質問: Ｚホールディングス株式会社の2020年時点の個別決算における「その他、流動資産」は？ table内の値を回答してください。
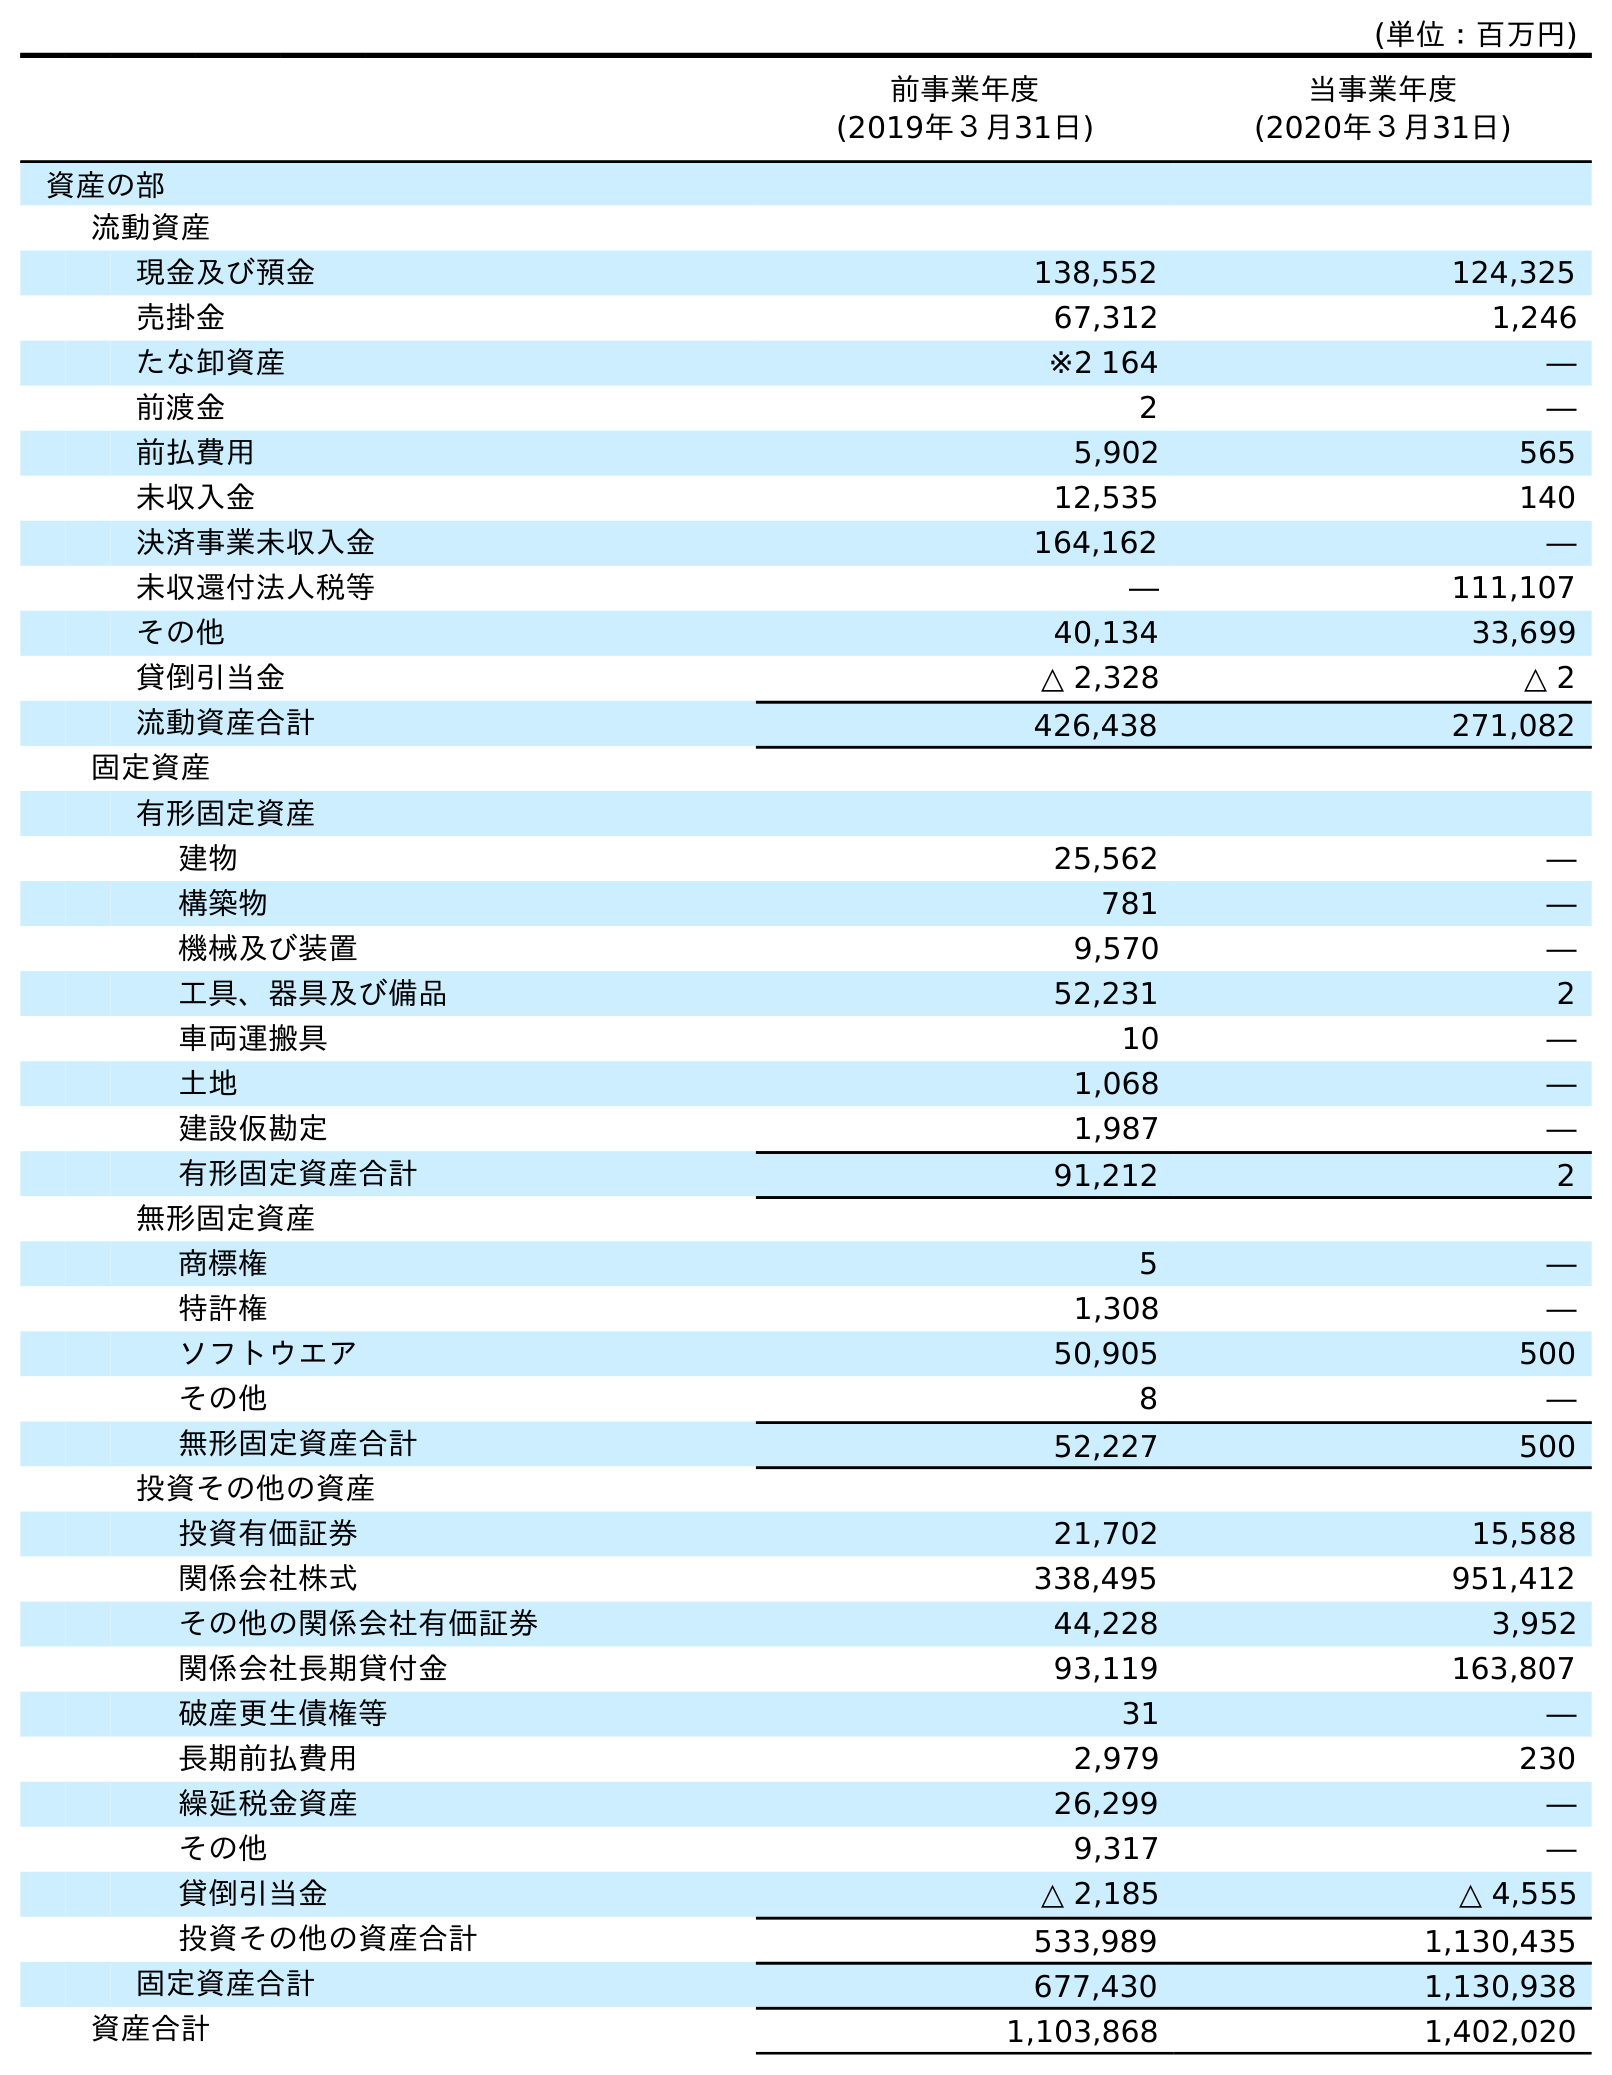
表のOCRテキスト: (単位：百万円) 前事業年度 (2019年３月31日) 当事業年度 (2020年３月31日) 資産の部 流動資産 現金及び預金 138,552 124,325 売掛金 67,312 1,246 たな卸資産 ※2 164 ― 前渡金 2 ― 前払費用 5,902 565 未収入金 12,535 140 決済事業未収入金 164,162 ― 未収還付法人税等 ― 111,107 その他 40,134 33,699 貸倒引当金 △ 2,328 △ 2 流動資産合計 426,438 271,082 固定資産 有形固定資産 建物 25,562 ― 構築物 781 ― 機械及び装置 9,570 ― 工具、器具及び備品 52,231 2 車両運搬具 10 ― 土地 1,068 ― 建設仮勘定 1,987 ― 有形固定資産合計 91,212 2 無形固定資産 商標権 5 ― 特許権 1,308 ― ソフトウエア 50,905 500 その他 8 ― 無形固定資産合計 52,227 500 投資その他の資産 投資有価証券 21,702 15,588 関係会社株式 338,495 951,412 その他の関係会社有価証券 44,228 3,952 関係会社長期貸付金 93,119 163,807 破産更生債権等 31 ― 長期前払費用 2,979 230 繰延税金資産 26,299 ― その他 9,317 ― 貸倒引当金 △ 2,185 △ 4,555 投資その他の資産合計 533,989 1,130,435 固定資産合計 677,430 1,130,938 資産合計 1,103,868 1,402,020
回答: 33,699